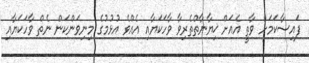
ފައިސާކަމަށް ވާތީ އެއަށް ޚިޔާނާތްތެރިވާ ވާހަކަޔާއި އެއްވެ އުޅުމުގެ މިނިވަންކަން ނެތް ވާހަކަޔާއި